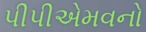
પીપીએમવનો